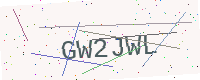
Text: GW2JWL